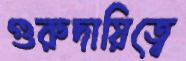
গুরুদায়িত্বে